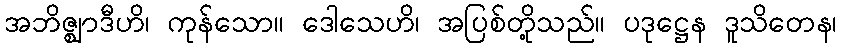
အဘိဇ္ဈာဒီဟိ၊ ကုန်သော။ ဒေါသေဟိ၊ အပြစ်တို့သည်။ ပဒုဋ္ဌေန ဒူသိတေန၊